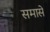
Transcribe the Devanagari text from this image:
समासे